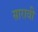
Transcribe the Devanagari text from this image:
सारावी